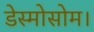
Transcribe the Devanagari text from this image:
डेस्मोसोम।